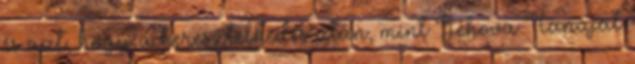
és azt, hogy a keresztelkedés után, mint Jehova Tanúját